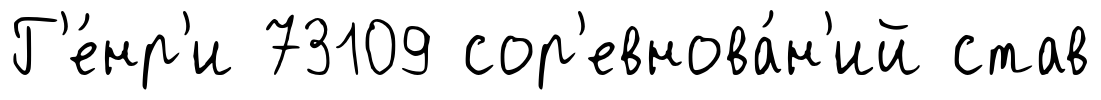
Г'е́нр'и 73109 сор'евнова́н'ий став